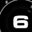
Digit: 6